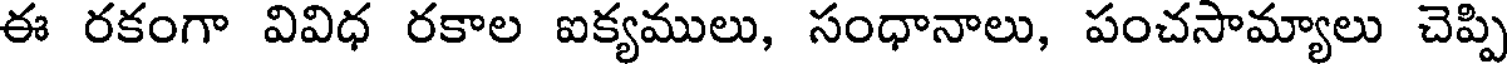
ఈ రకంగా వివిధ రకాల ఐక్యములు, సంధానాలు, పంచసామ్యాలు చెప్పి